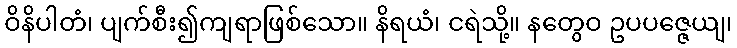
ဝိနိပါတံ၊ ပျက်စီး၍ကျရာဖြစ်သော။ နိရယံ၊ ငရဲသို့။ နတွေဝ ဥပပဇ္ဇေယျ၊